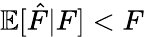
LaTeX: \mathbb{E}[\hat{F}|F]<F